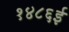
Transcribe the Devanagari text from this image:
१४८६ई